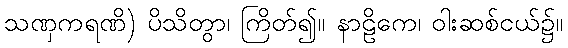
သဏှကရဏိ) ပိသိတွာ၊ ကြိတ်၍။ နာဠိကေ၊ ဝါးဆစ်ငယ်၌။